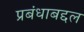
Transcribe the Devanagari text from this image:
प्रबंधाबद्दल